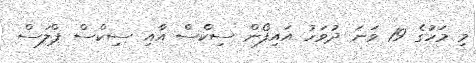
މި މަހުގެ 19 ވަނަ ދުވަހު އައިފޯން ސިކްސް އާއި ސިކްސް ޕްލަސް